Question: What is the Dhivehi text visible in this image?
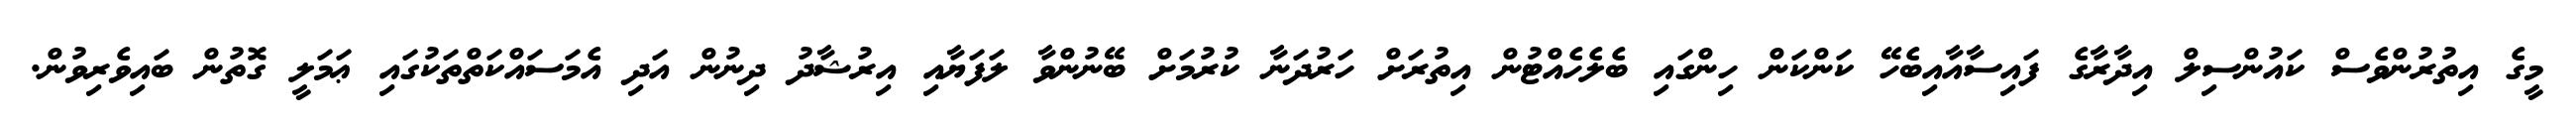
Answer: މީގެ އިތުރުންވެސް ކައުންސިލް އިދާރާގެ ފައިސާއާއިބެހޭ ކަންކަން ހިންގައި ބެލެހެއްޓުން އިތުރަށް ހަރުދަނާ ކުރުމަށް ބޭނުންވާ ލަފަޔާއި އިރުޝާދު ދިނުން އަދި އެމަސައްކަތްތަކުގައި ޢަމަލީ ގޮތުން ބައިވެރިވުން.